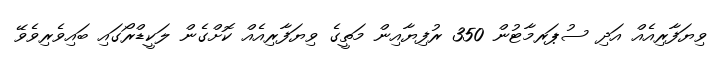
ވިޔަފާރިއެއް އަދި ސުޕަރމާޓުން 350 ރުފިޔާއިން މަތީގެ ވިޔަފާރިއެއް ކޮށްގެން ލަކީޑްރޯގައި ބައިވެރިވެވޭ